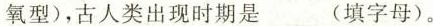
氧型)，古人类出现时期是___(填字母)。